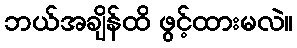
ဘယ်အချိန်ထိ ဖွင့်ထားမလဲ။